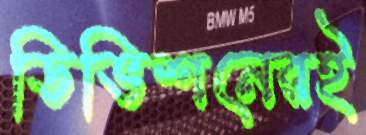
ডিভিশনেরই